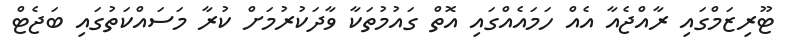
ޓޫރިޒަމްގައި ރާއްޖެއާ އެއް ހަމައެއްގައި އޮތް ގައުމުތަކާ ވާދަކުރުމަށް ކުރާ މަސައްކަތުގައި ބަޖެޓް